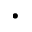
\cdot